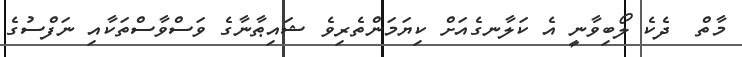
މާތް  ދެކެ ލޯބިވާނީ އެ ކަލާނގެއަށް ކިޔަމަންތެރިވެ ޝައިޠާނާގެ ވަސްވާސްތަކާއި ނަފްސުގެ